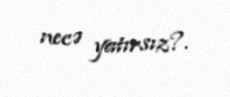
necə yatırsız?.